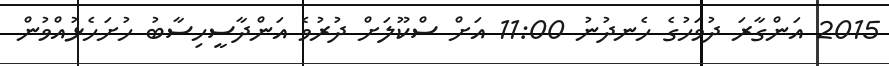
2015 އަންގާރަ ދުވަހުގެ ހެނދުނު 11:00 އަށް ސްކޫލަށް ދުރުވެ އަންދާސީހިސާބު ހުށަހެޅުއްވުން